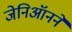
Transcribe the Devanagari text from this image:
जेनिऑनने